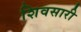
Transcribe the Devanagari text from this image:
शिवसारी